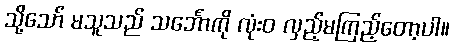
သို့သော် မသူသည် သင်္ဘောကို လုံးဝ လှည့်မကြည့်တော့ပါ။